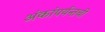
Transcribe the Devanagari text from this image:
अंकांपर्यन्तची